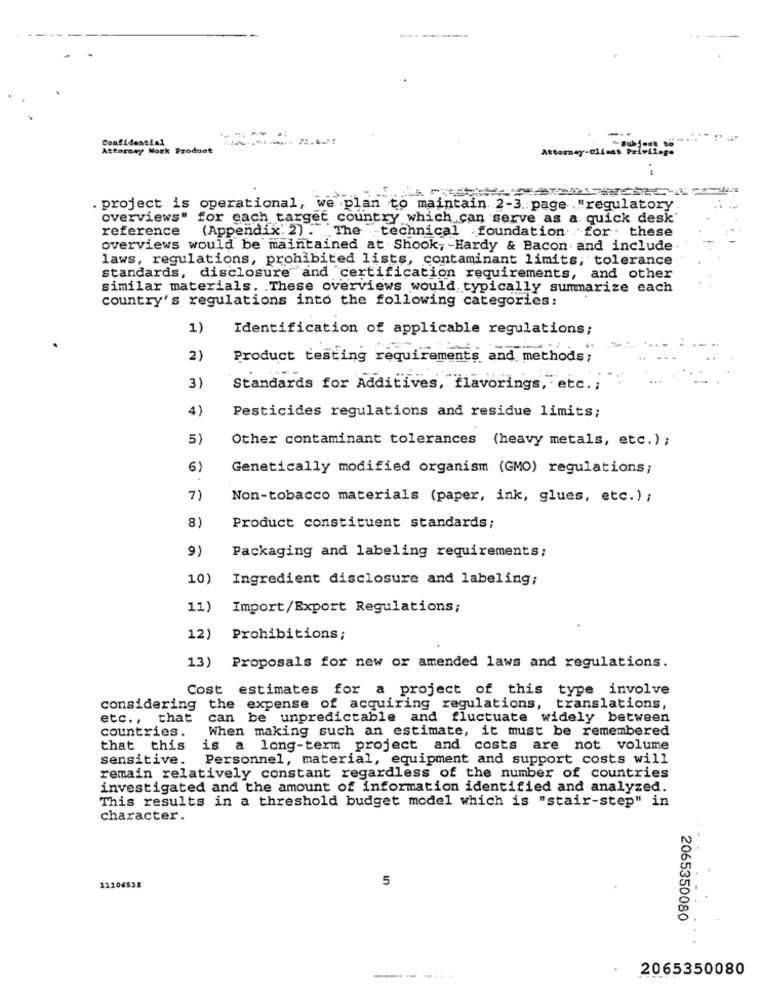
Confidential
Attorney Work Product
Attorney-Client Palvilage
. project is operational, we plan to maintain 2-3. page ."regulatory
overviews" for each target country which can serve as a. quick desk'
reference
(Appendix' 2) . The technical foundation for . these
overviews would be maintained at Shook, - Hardy & Bacon and include
laws, regulations, prohibited lists, contaminant limits, tolerance
standards, disclosure and certification requirements, and other
similar materials. . These overviews would typically summarize each
country's regulations into the following categories:
1)
Identification of applicable regulations;
2)
Product testing requirements and methods;
3)
Standards for Additives, flavorings, etc .;
4)
Pesticides regulations and residue limits;
5)
Other contaminant tolerances (heavy metals, etc.) ;
6)
Genetically modified organism (GMO) regulations;
7)
Non-tobacco materials (paper, ink, glues, etc.) ;
8)
Product constituent standards;
9)
Packaging and labeling requirements;
10)
Ingredient disclosure and labeling;
11)
Import/Export Regulations;
12)
Prohibitions;
13)
Proposals for new or amended laws and regulations.
Cost estimates for a project of this type involve
considering the expense of acquiring regulations, translations,
etc ., that can be unpredictable and fluctuate widely between
countries.
When making such an estimate, it must be remembered
that this
is a long-term project and costs are not volume
sensitive.
Personnel, material, equipment and support costs will
remain relatively constant regardless of the number of countries
investigated and the amount of information identified and analyzed.
This results in a threshold budget model which is "stair-step" in
character.
5
12206535
2065350080
2065350080